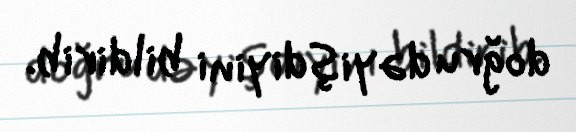
doğru dəyişdiyini bildirib.